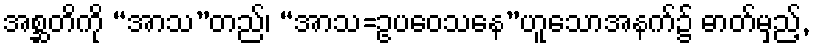
အစ္ဆတိကို “အာသ”တည်၊ “အာသ=ဥပဝေသနေ”ဟူသောအနက်၌ ဓာတ်မှည့်,